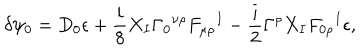
LaTeX: \delta \psi _ { 0 } = D _ { 0 } \epsilon + { \frac { i } { 8 } } X _ { I } \Gamma _ { 0 } { } ^ { \nu \rho } F _ { \mu \rho } { } ^ { I } - { \frac { i } { 2 } } \Gamma ^ { \rho } X _ { I } F _ { 0 \rho } { } ^ { I } \epsilon ,